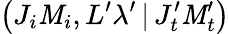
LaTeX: \left(J_{i}\mathit{M}_{i},L^{\prime}\lambda^{\prime}\, |\, J_{t}^{\prime}\mathit{M}_{t}^{\prime}\right)